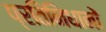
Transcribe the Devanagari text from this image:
प्रतिनिधानों